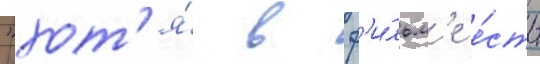
"хот'я́ в ф'и́льм'е е́сть